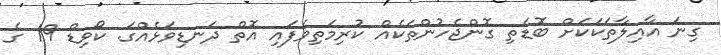
ގިނަ އާއިލާތަކަކަށް ބޮޑެތި ގޮންޖެހުންތަކެއް ކުރިމަތިވެފައި އޮތް ދަނޑިވަޅެއްގަ. ކޯވިޑް 19 ގެ